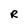
Character: R